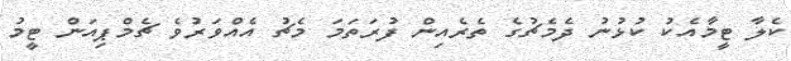
ކެލާ ޓީމާއެކު ކުޅުނު ދެމެޗުގެ ތެރެއިން ފުރަތަމަ މެޗު އެއްވަރުވެ ޗެމްޕިއަން ޓީމު